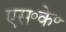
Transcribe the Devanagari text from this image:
एस॰के॰